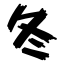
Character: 冬